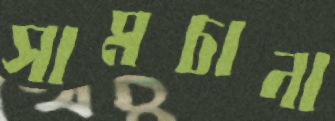
সামচানা